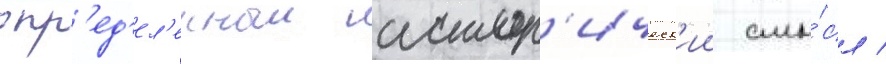
опр'ед'ел'енныи истор'ическ'ии смы́сл /